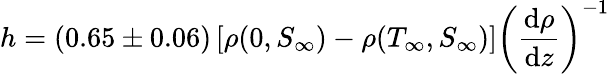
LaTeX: h=(0.65\pm 0.06)\left[\rho(0,S_{\infty})-\rho(T_{\infty},S_{\infty})\right]\left(\frac{\mathrm{d}\rho}{\mathrm{d}z}\right)^{-1}